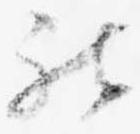
被